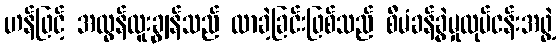
ဟန်ဖြင့် အလွန်ထူးချွန်သည် လာခဲ့ခြင်းဖြစ်သည် စီမံခန့်ခွဲမှုလုပ်ငန်းအဖွဲ့